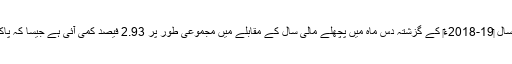
کاروں اور جیپوں کی اسمبلنگ میں مالی سال ‏2018-19ء‎ کے گزشتہ دس ماہ میں پچھلے مالی سال کے مقابلے میں مجموعی طور پر 2.93 فیصد کمی آئی ہے جیسا کہ پاکستان کے محکمہ شماریات نے بتایا ہے۔